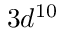
3 d ^ { 1 0 }